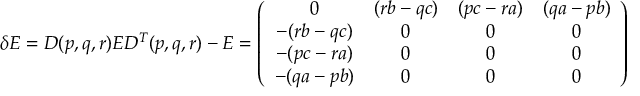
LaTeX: \delta { \cal E } = D ( p , q , r ) { \cal E } D ^ { T } ( p , q , r ) - { \cal E } = \left( \begin{array} { c c c c } { { 0 } } & { { ( r b - q c ) } } & { { ( p c - r a ) } } & { { ( q a - p b ) } } \\ { { - ( r b - q c ) } } & { { 0 } } & { { 0 } } & { { 0 } } \\ { { - ( p c - r a ) } } & { { 0 } } & { { 0 } } & { { 0 } } \\ { { - ( q a - p b ) } } & { { 0 } } & { { 0 } } & { { 0 } } \end{array} \right)